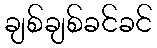
ချစ်ချစ်ခင်ခင်